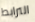
الترابط